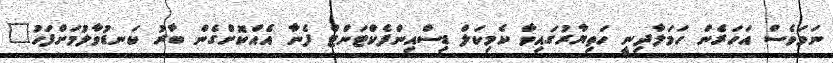
ނަމަވެސް އަހަރެން ހަމަލާދިނީ ހަތިޔާރުގައިވާ ކެމިކަލް ޑިސްއިންފެކްޓަންޓް ފެނާ އެއްކޮށްގެން ބާރު ކަނޑުވާލުމަށްފަހު"